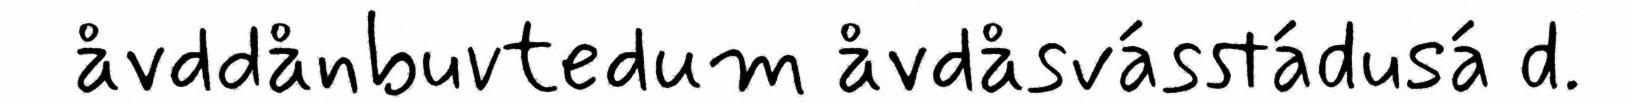
åvddånbuvtedum åvdåsvásstádusá d.